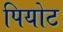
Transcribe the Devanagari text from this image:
पियोट